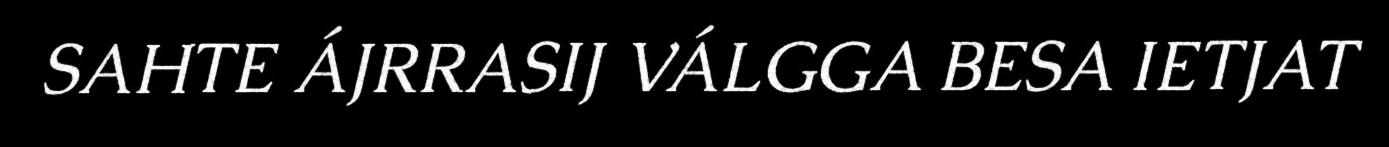
SAHTE ÁJRRASIJ VÁLGGA BESA IETJAT